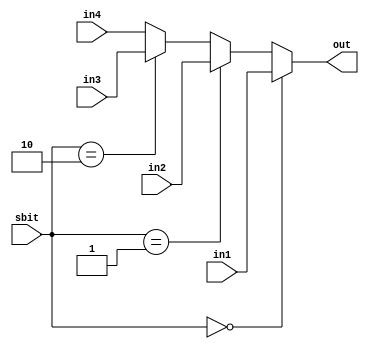
module mux4_1(out,in1,in2,in3,in4,sbit);

input [15:0]in1,in2,in3,in4;
input [1:0]sbit;
output [15:0]out;
//output [9:0]out1;

assign out = (sbit==0)? in1:(sbit ==1 ? in2:(sbit==2 ? in3 : in4));
//assign out1 = out;
endmodule

module tb_mux4_1();
wire [15:0] out;
//wire [9:0] out1;
reg [15:0] in1,in2,in3,in4;
reg [1:0] sbit;
mux4_1 uut(out,in1,in2,in3,in4,sbit);
initial $monitor("t=%3d, out=%b, in1=%b, in2=%b,in3=%b, in4=%b, sbit=%b",$time,out,in1,in2,in3,in4,sbit);
initial
begin
#000 sbit = 2'b00;
#000 in1 = 16'b1111111111;
#000 in2 = 16'hffff;
#000 in3 = 16'hffff;
#000 in4 = 16'hffff;
end
endmodule